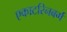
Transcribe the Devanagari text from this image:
एकाटरिनबर्ग